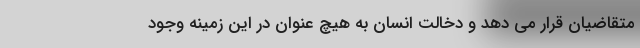
متقاضیان قرار می دهد و دخالت انسان به هیچ عنوان در این زمینه وجود